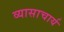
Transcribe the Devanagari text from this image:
व्यासाचार्य